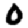
Digit: 0